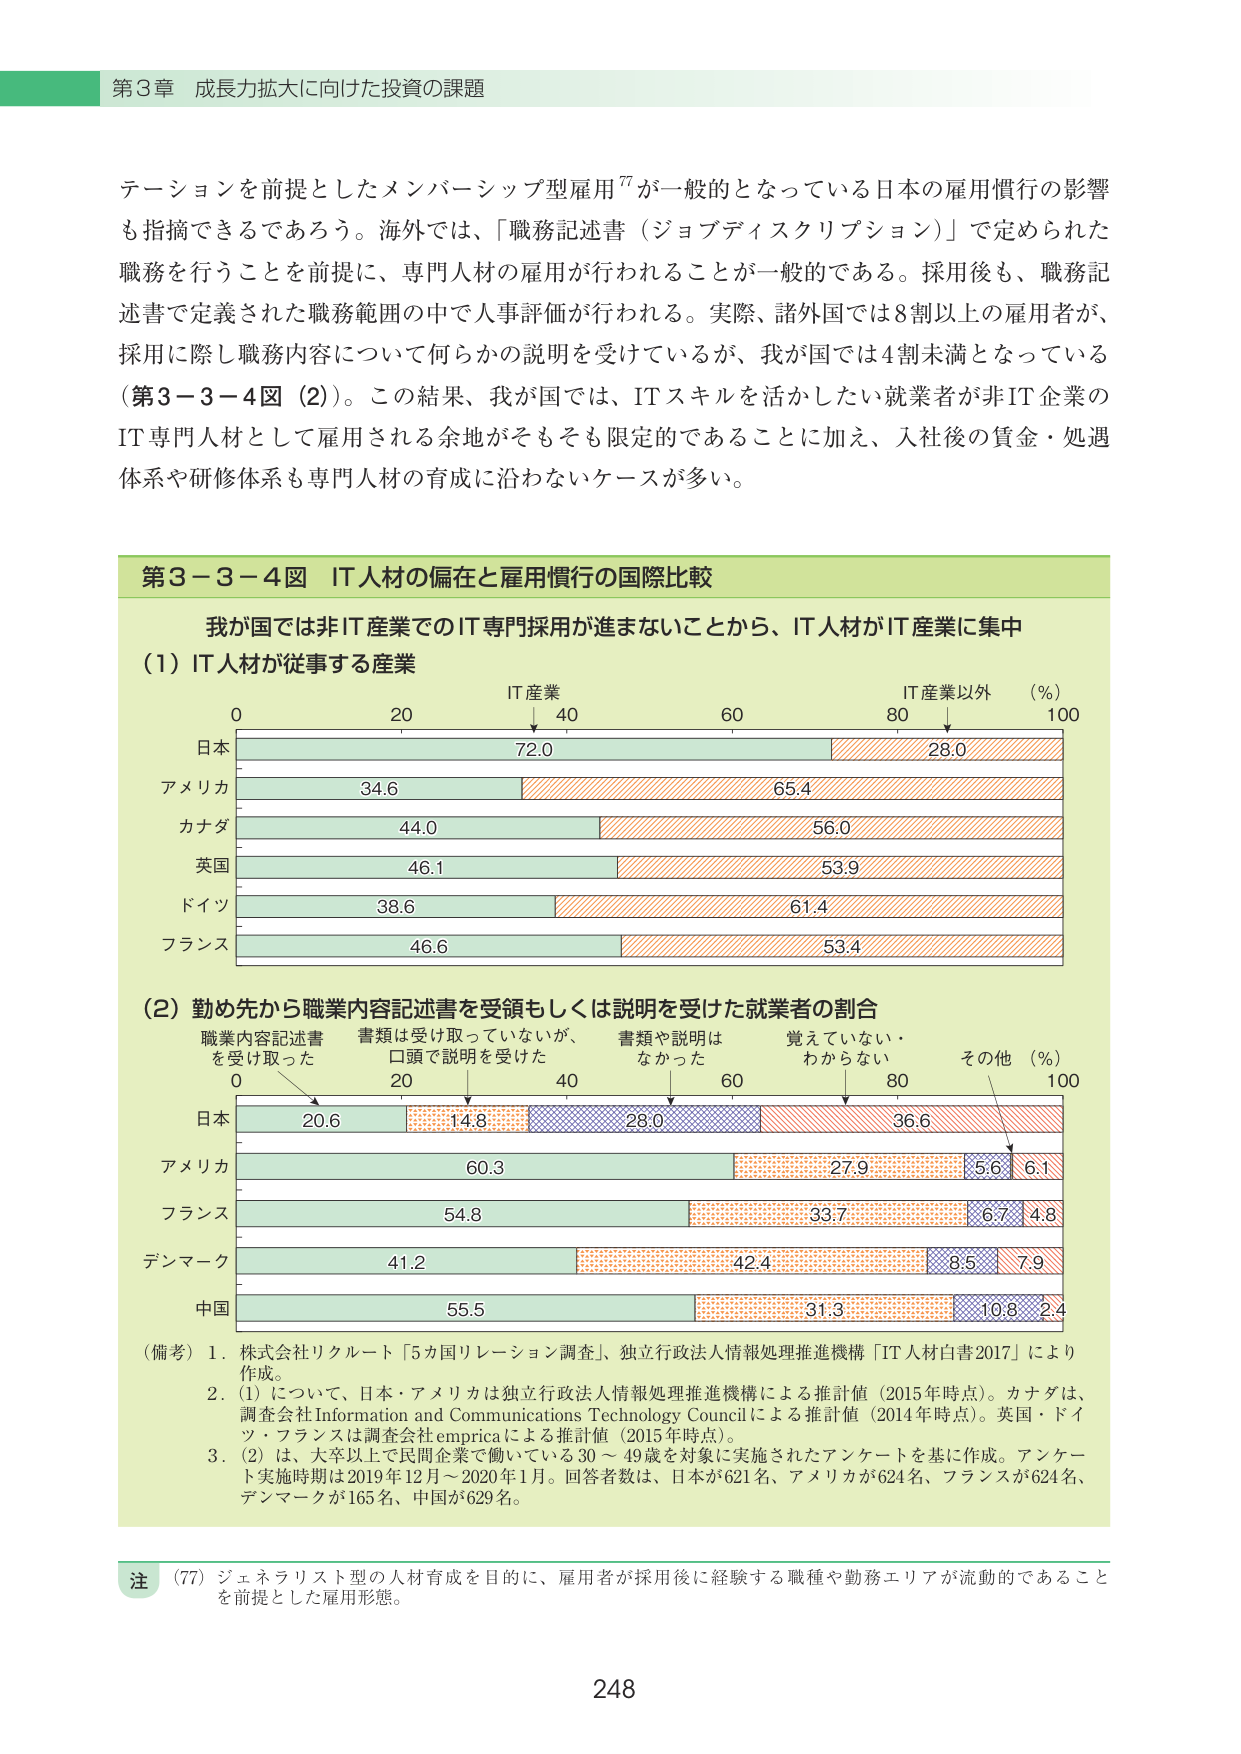
第3章 成長力拡大に向けた投資の課題

テーションを前提としたメンバーシップ型雇用⁷⁷が一般的となっている日本の雇用慣行の影響も指摘できるであろう。海外では、「職務記述書（ジョブディスクリプション）」で定められた職務を行うことを前提に、専門人材の雇用が行われることが一般的である。採用後も、職務記述書で定義された職務範囲の中で人事評価が行われる。実際、諸外国では8割以上の雇用者が、採用に際し職務内容について何らかの説明を受けているが、我が国では4割未満となっている（第3－3－4図（2））。この結果、我が国では、ITスキルを活かしたい就業者が非IT企業のIT専門人材として雇用される余地がそもそも限定的であることに加え、入社後の賃金・処遇体系や研修体系も専門人材の育成に沿わないケースが多い。

第3－3－4図 IT人材の偏在と雇用慣行の国際比較

我が国では非IT産業でのIT専門採用が進まないことから、IT人材がIT産業に集中

（1）IT人材が従事する産業

IT産業 IT産業以外 （％）
0 20 40 60 80 100

日本 72.0 28.0
アメリカ 34.6 65.4
カナダ 44.0 56.0
英国 46.1 53.9
ドイツ 38.6 61.4
フランス 46.6 53.4

（2）勤め先から職業内容記述書を受領もしくは説明を受けた就業者の割合

職業内容記述書 書類は受け取っていないが、 書類や説明は 覚えていない・ その他 （％）
を受け取った 口頭で説明を受けた なかった わからない 100

0 20 40 60 80

日本 20.6 14.8 28.0 36.6
アメリカ 60.3 27.9 5.6 6.1
フランス 54.8 33.7 6.7 4.8
デンマーク 41.2 42.4 8.5 7.9
中国 55.5 31.3 10.8 2.4

（備考）1．株式会社リクルート「5カ国リレーション調査」、独立行政法人情報処理推進機構「IT人材白書2017」により作成。
2．（1）について、日本・アメリカは独立行政法人情報処理推進機構による推計値（2015年時点）。カナダは、調査会社Information and Communications Technology Councilによる推計値（2014年時点）。英国・ドイツ・フランスは調査会社empiricaによる推計値（2015年時点）。
3．（2）は、大卒以上で民間企業で働いている30～49歳を対象に実施されたアンケートを基に作成。アンケート実施時期は2019年12月～2020年1月。回答者数は、日本が621名、アメリカが624名、フランスが624名、デンマークが165名、中国が629名。

注 （77）ジェネラリスト型の人材育成を目的に、雇用者が採用後に経験する職種や勤務エリアが流動的であることを前提とした雇用形態。

248